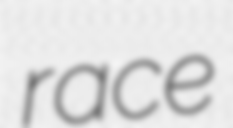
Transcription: race